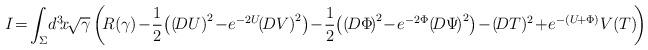
LaTeX: \begin{align*}\!\!\!\!I\!=\!\int_{\Sigma}\! d^3 \! x \!\sqrt{\gamma}\left(\!R(\gamma)\!-\! {1 \over 2} \!\left( \left(\!DU \right)^2 \!-\! e^{-2U}\!\!\left(\!DV \right)^2 \right) \!-\! {1 \over 2} \!\left(\left(\!D \Phi \!\right)^2 \!-\! e^{- 2 \Phi} \!\left(\!D \Psi \!\right)^2 \right)\!-\! \left(\!D T \right)\!^2 \!+\! e^{-(U\!+\Phi)}V(T) \!\right) \end{align*}